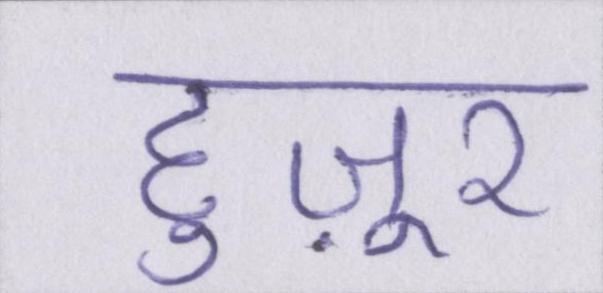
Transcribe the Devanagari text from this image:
हुज़ूर